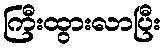
ကြီးထွားလာပြီး